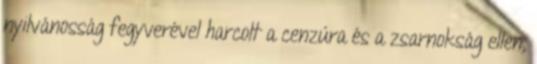
nyilvánosság fegyverével harcolt a cenzúra és a zsarnokság ellen,